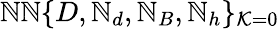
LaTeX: \mathbb{N}\mathbb{N}\{ D,\mathbb{N}_{d},\mathbb{N}_{B},\mathbb{N}_{h}\} _{\mathcal{{K}}=0}